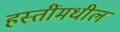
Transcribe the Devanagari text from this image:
हस्तींमधील